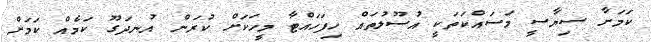
ކަމަށާ ސިޔާސީ މަސައްކަތަކީ އުސޫލުތައް ހިފަހައްޓާ މީހަަކަށް ކުރަން އުނދަގޫ ކަމެއް ކަމަށް